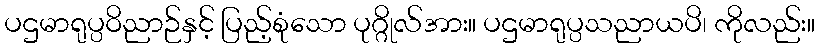
ပဌမာရုပ္ပဝိညာဉ်နှင့် ပြည့်စုံသော ပုဂ္ဂိုလ်အား။ ပဌမာရုပ္ပသညာယပိ၊ ကိုလည်း။